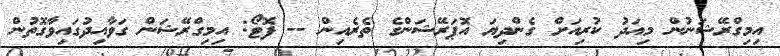
އިމިގްރޭޝަނުން މިއަދު ކުރިއަށް ގެންދިޔަ އޮޕަރޭޝަންގެ ތެރެއިން -- ފޮޓޯ: އިމިގްރޭޝަން ގަވާއިދުގައިވާގޮތުން